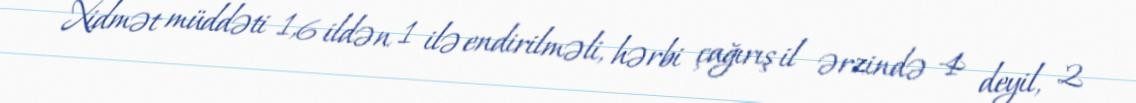
Xidmət müddəti 1,6 ildən 1 ilə endirilməli, hərbi çağırış il ərzində 4 deyil, 2